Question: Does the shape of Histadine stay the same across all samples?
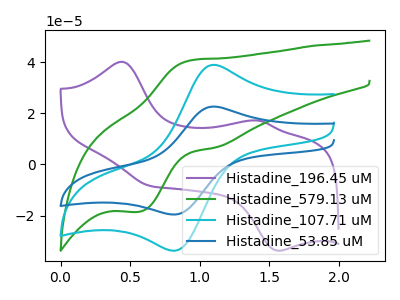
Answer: <think>The purple curve "Histadine_196.45 uM" has anodic peaks at (0.45V, 40.10uA) (1.40V, 17.15uA) and cathodic peaks at (0.65V, -8.50uA) (1.55V, -33.75uA). The green curve "Histadine_579.13 uM" has an anodic peak at (0.95V, 40.70uA) and a cathodic peak at (0.55V, -18.50uA). The cyan curve "Histadine_107.71 uM" has an anodic peak at (1.10V, 38.90uA) and a cathodic peak at (0.80V, -33.75uA). The blue curve "Histadine_53.85 uM" has an anodic peak at (1.10V, 22.60uA) and a cathodic peak at (0.80V, -19.60uA).
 "Histadine_196.45 uM" and "Histadine_579.13 uM" have a different number of peaks. "Histadine_196.45 uM" and "Histadine_107.71 uM" have a different number of peaks. "Histadine_196.45 uM" and "Histadine_53.85 uM" have a different number of peaks. "Histadine_579.13 uM" and "Histadine_107.71 uM" have at least one peak that do not match. "Histadine_579.13 uM" and "Histadine_53.85 uM" have at least one peak that do not match. All the peaks in "Histadine_107.71 uM" have a peak in "Histadine_53.85 uM" at the same potential. Every peak in "Histadine_107.71 uM" is higher than every peak in "Histadine_53.85 uM".</think>
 <answer>All the CV's of "Histadine" have similar shape.</answer>
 <eval>follow_rule</eval>